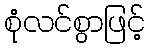
စုံလင်စွာဖြင့်